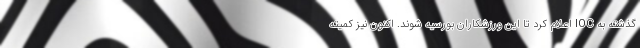
گذشته به IOC اعلام کرد تا این ورزشکاران بورسیه شوند. اکنون نیز کمیته